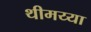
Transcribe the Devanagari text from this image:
थीमय्या